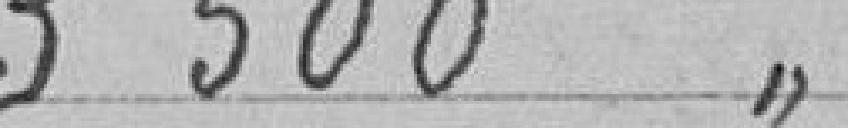
3 500 "